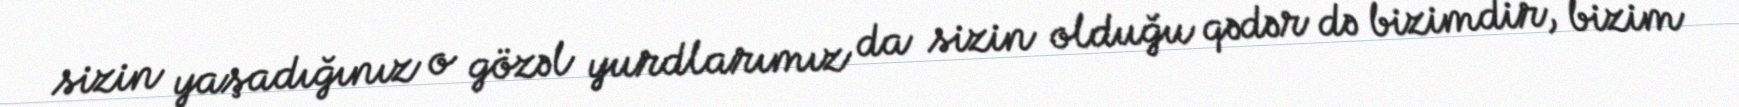
sizin yaşadığınız o gözəl yurdlarımız da sizin olduğu qədər də bizimdir, bizim